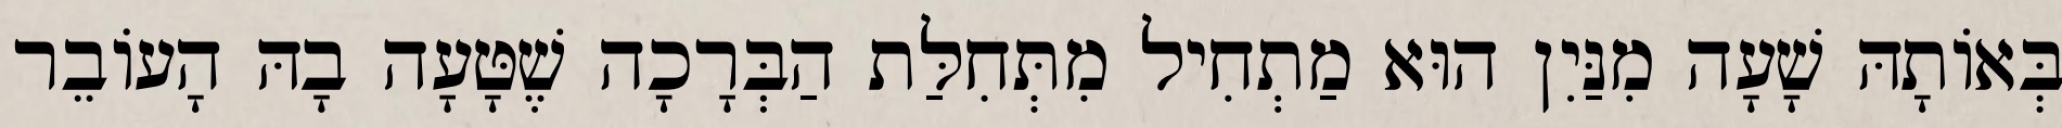
בְּאוֹתָהּ שָׁעָה מִנַּיִן הוּא מַתְחִיל מִתְּחִלַּת הַבְּרָכָה שֶׁטָּעָה בָהּ הָעוֹבֵר